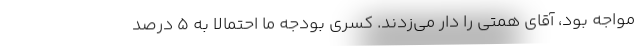
مواجه بود، آقای همتی را دار می‌زدند. کسری بودجه ما احتمالاً به ۵ درصد